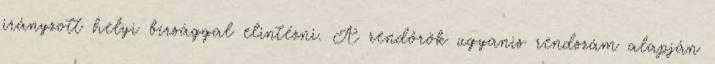
irányzott helyi bírsággal elintézni. A rendőrök ugyanis rendszám alapján